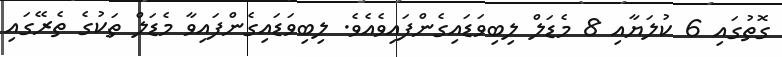
ގޮތުގައި 6 ކުލަޔާއި 8 މެޑަލް ލިބިވަޑައިގެންފައިވެއެވެ. ލިބިވަޑައިގެންފައިވާ މެޑަލް ތަކުގެ ތެރޭގައި